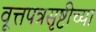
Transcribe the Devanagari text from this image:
वूत्तपत्रसृष्टीच्या